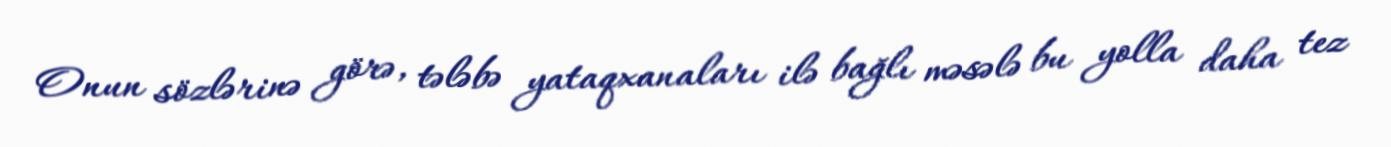
Onun sözlərinə görə, tələbə yataqxanaları ilə bağlı məsələ bu yolla daha tez